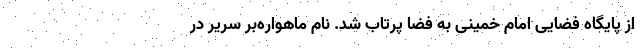
از پایگاه فضایی امام خمینی به فضا پرتاب ‌شد. نام ماهواره‌بر سریر در